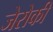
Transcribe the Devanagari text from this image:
जेरोकी